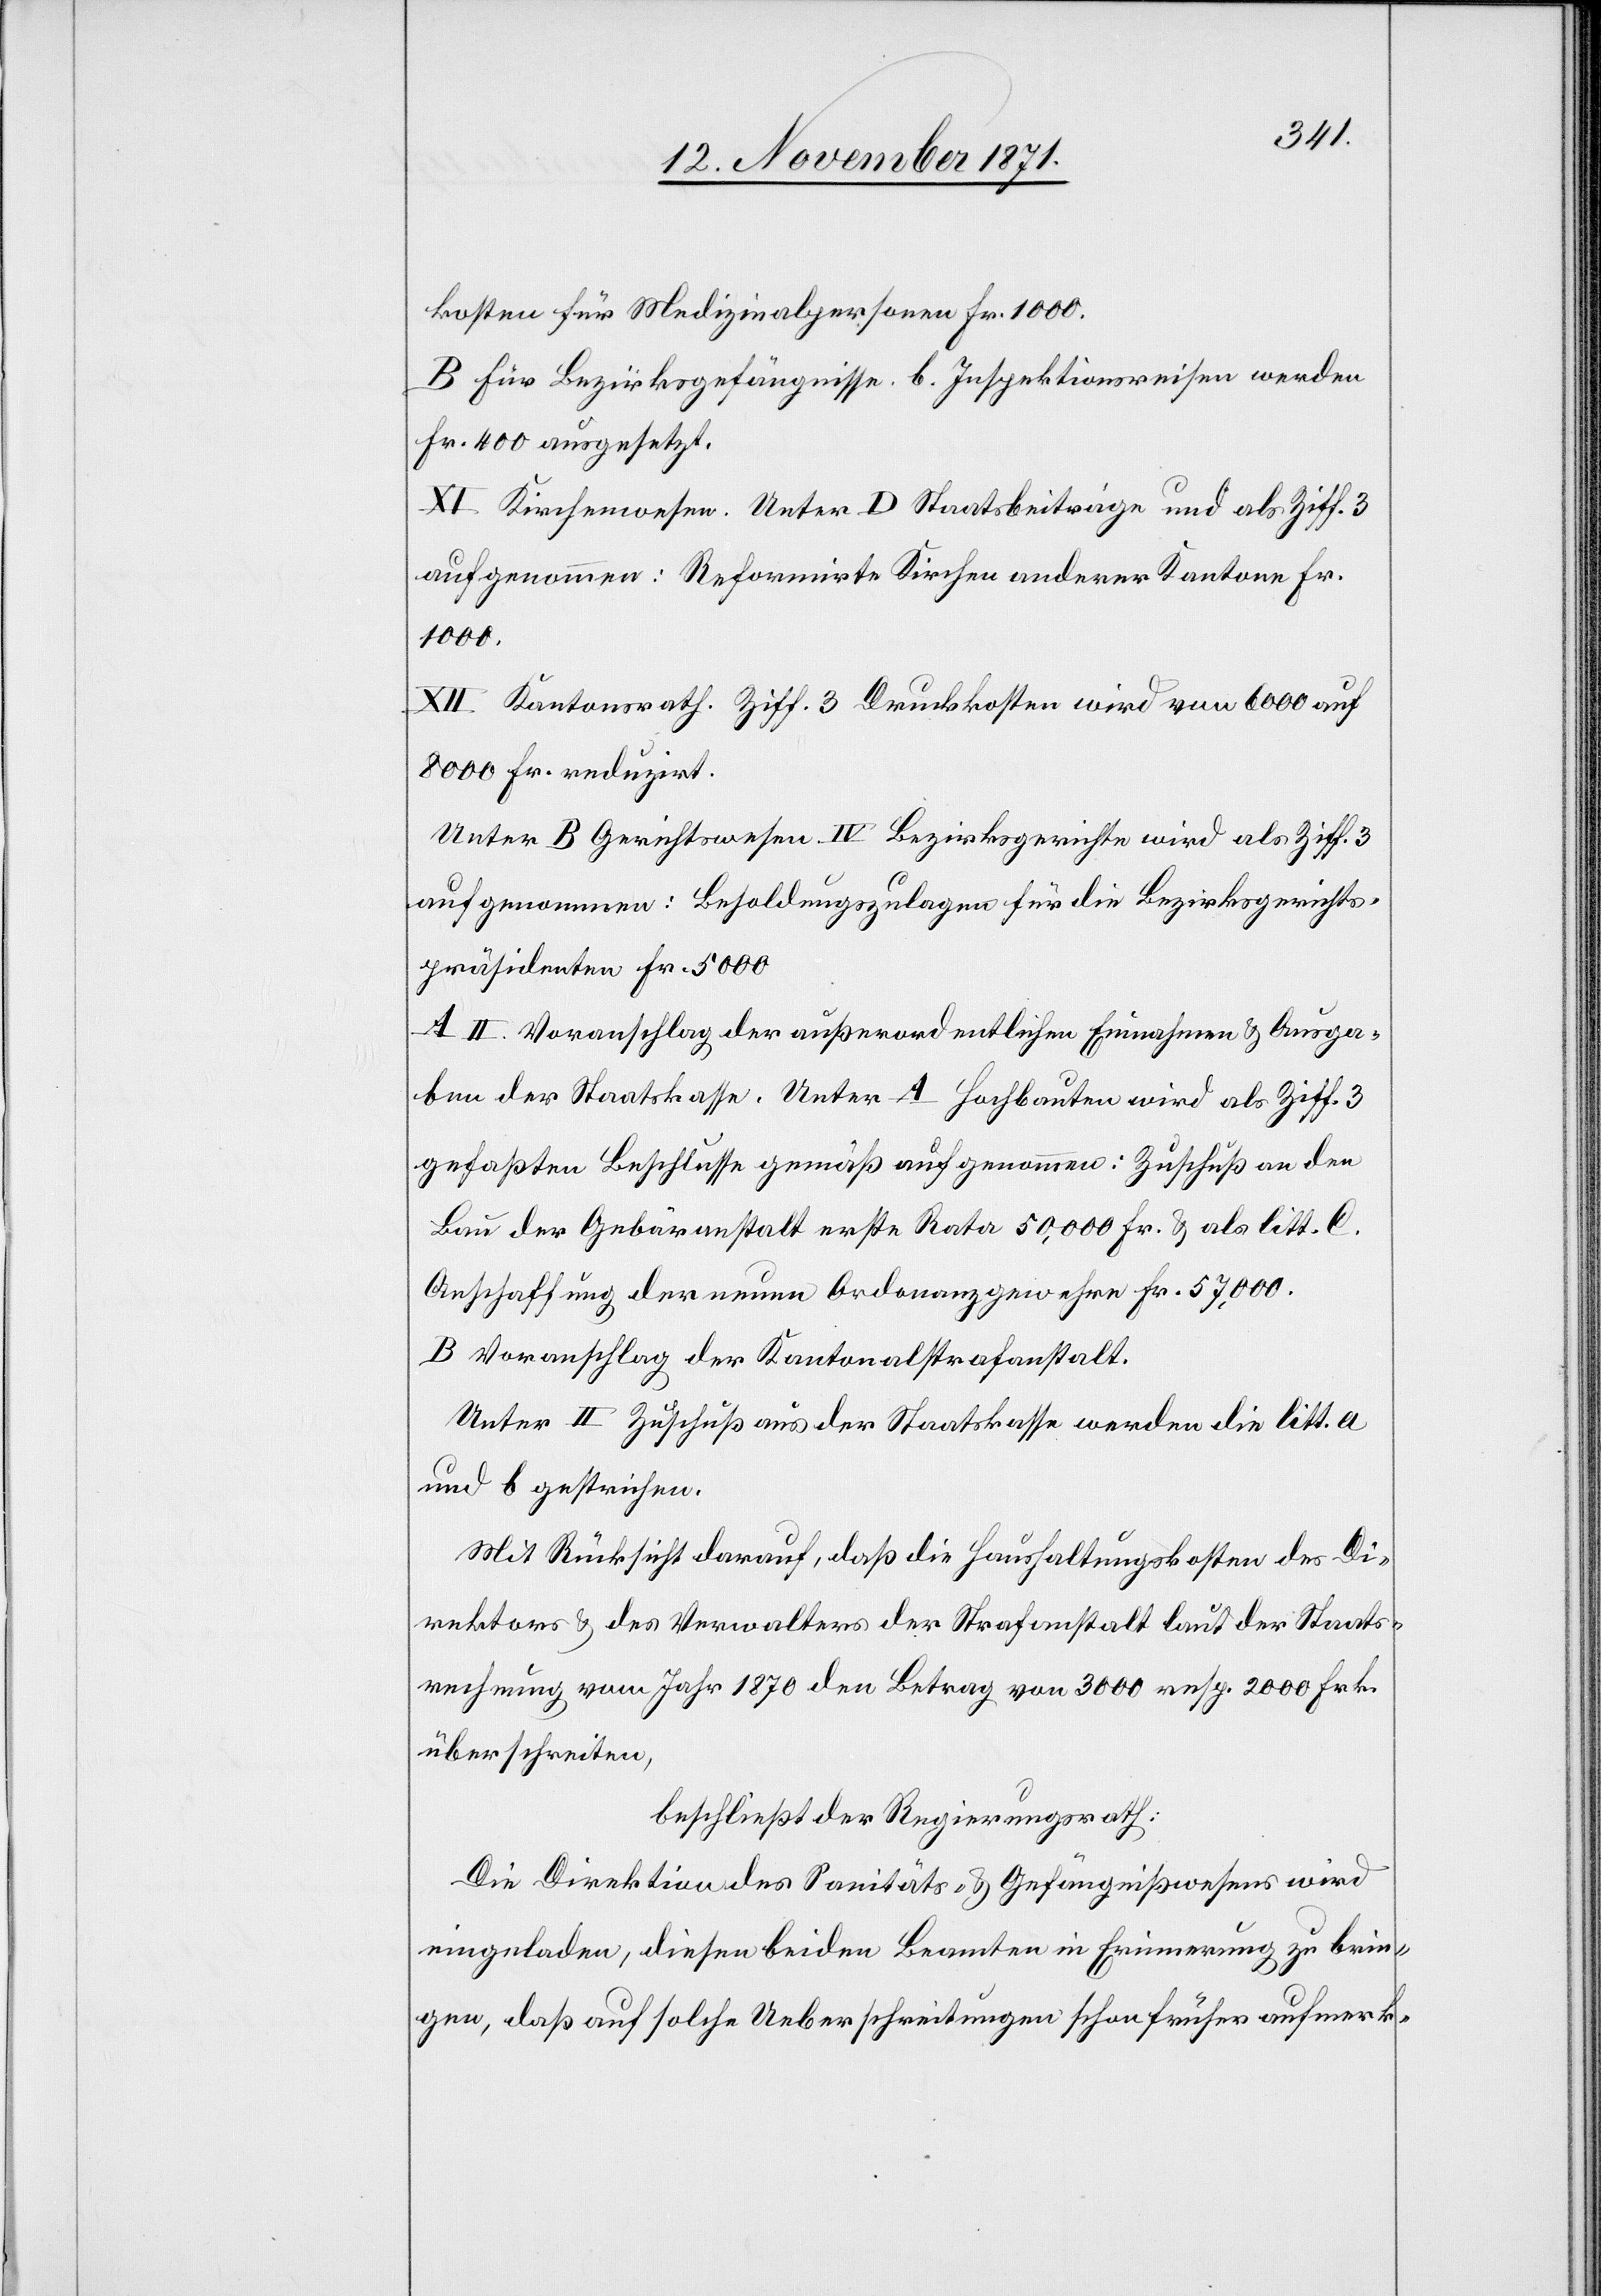
kosten für Medizinalpersonen Fr. 1000.
B. Für Bezirksgefängnisse. b. Inspektionsreisen werden
Fr. 400 ausgesetzt.
XI. Kirchenwesen. Unter D Staatsbeiträge und als Ziff. 3
aufgenommen: Reformirte Kirchen anderer Kantone Fr.
1000.
XII. Kantonsrath. Ziff. 3 Druckkosten wird von 6000 auf
8000 Fr. reduzirt
Unter B Gerichtswesen IV Bezirksgerichte wird als Ziff. 3
aufgenommen: Besoldungszulagen für die Bezirksgerichts¬
präsidenten Fr. 5000.
A II. Voranschlag der außerordentlichen Einnahmen & Ausga¬
ben der Staatskasse. Unter A Hochbauten wird als Ziff. 3
gefaßten Beschlusse gemäß aufgenommen: Zuschuß an den
Bau der Gebäranstalt erste Rate 50,000 Fr. & als litt. C.
Anschaffung der neuen Ordonanzgewehre Fr. 57,000.
B. Voranschlag der Kantonalstrafanstalt.
Unter II Zuschuß aus der Staatskasse werden die litt. a
und b gestrichen.
Mit Rücksicht darauf, daß die Haushaltungskosten des Di¬
rektors & des Verwalters der Strafanstalt laut der Staats¬
rechnung vom Jahr 1870 den Betrag von 3000 resp. 2000 Frk.
überschreiten,
beschließt der Regierungsrath:
Die Direktion des Sanitäts- & Gefängnißwesens wird
eingeladen, diesen beiden Beamten in Erinnerung zu brin¬
gen, daß auf solche Ueberschreitungen schon früher aufmerk-